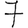
Digit: 7